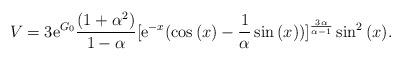
LaTeX: \begin{align*} V =3 \mathrm{e}^{G_{0}}\frac{(1+ \alpha^{2})}{1 - \alpha}[\mathrm{e}^{-x}(\cos{(x)} - \frac{1}{\alpha}\sin{(x)})]^{\frac{ 3\alpha}{\alpha -1}}\sin^{2}{(x)}.\end{align*}